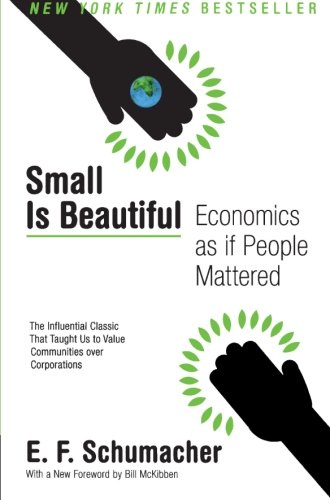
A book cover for Small Is Beautiful: Economics as if People Mattered; E. F. Schumacher; Business & Money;